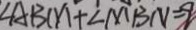
\angle A B M + \angle M B N = 9